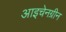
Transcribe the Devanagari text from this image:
आइचेनग्रीन